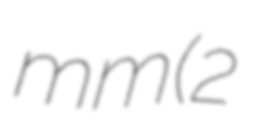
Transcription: mm (2